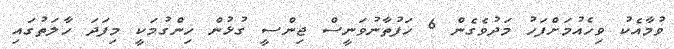
ވުމާއެކު ވިހެއުމަށްފަހު މަދުވެގެން 6 ހަފުތާނުވަނީސް ޖިންސީ ގުޅުން ހިންގުމަކީ މިފަދަ ހާލަތުގައި